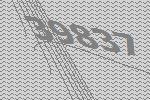
39837